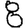
Digit: 8